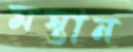
মস্তান